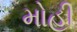
મોહી